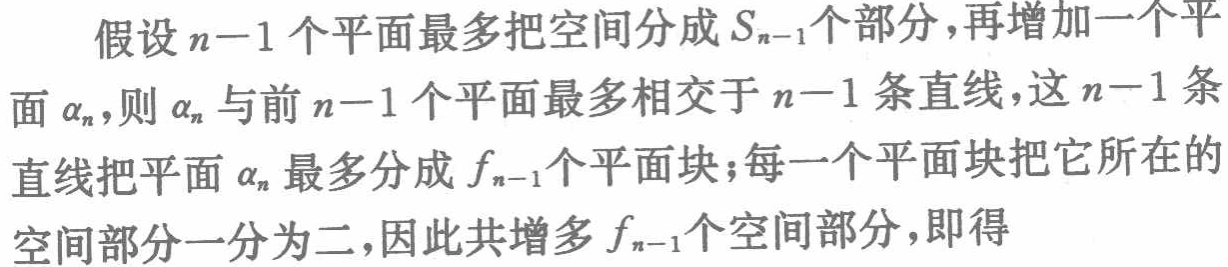
假设\(n - 1\)个平面最多把空间分成\(S_{n - 1}\)个部分，再增加一个平面\(\alpha_{n}\)，则\(\alpha_{n}\)与前\(n - 1\)个平面最多相交于\(n - 1\)条直线，这\(n - 1\)条直线把平面\(\alpha_{n}\)最多分成\(f_{n - 1}\)个平面块；每一个平面块把它所在的空间部分一分为二，因此共增多\(f_{n - 1}\)个空间部分，即得